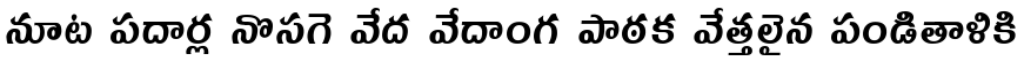
నూట పదార్ల నొసగె వేద వేదాంగ పాఠక వేత్తలైన పండితాళికి